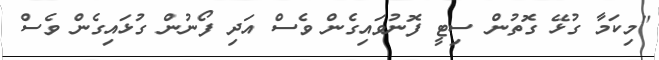
"މިކަމާ ގުޅޭ ގޮތުން ސިޓީ ފޮނުވައިގެން ވެސް އަދި ފޯނުން ގުޅައިގެން ވެސް